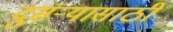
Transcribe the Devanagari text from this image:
दुसर्‍यासाठी